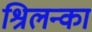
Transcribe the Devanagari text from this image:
श्रिलन्का